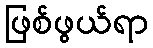
ဖြစ်ဖွယ်ရာ